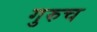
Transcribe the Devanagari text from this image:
गुरुच